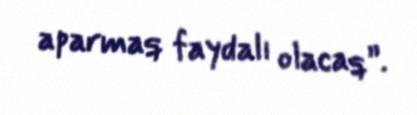
aparmaq faydalı olacaq”.